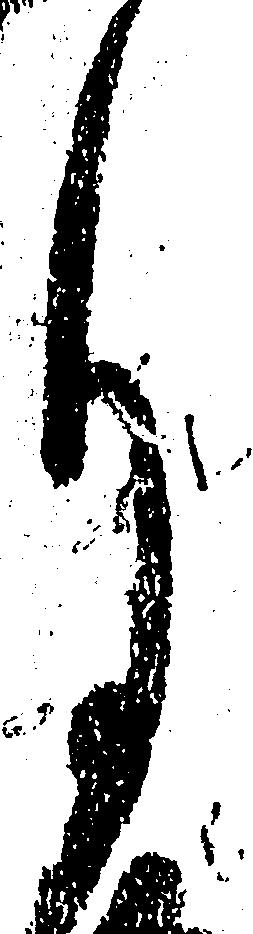
月